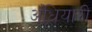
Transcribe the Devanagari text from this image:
अँधियारी